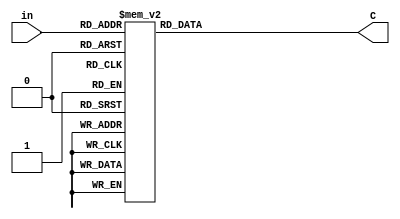
`timescale 1ns / 1ps
//////////////////////////////////////////////////////////////////////////////////
// Company: 
// Engineer: 
// 
// Design Name: 
// Module Name: SSD
// Project Name: 
// Target Devices: 
// Tool Versions: 
// Description: 
// 
// Dependencies: 
// 
// Revision:
// Revision 0.01 - File Created
// Additional Comments:
// 
//////////////////////////////////////////////////////////////////////////////////


module SSD(in, C);
input [3:0] in;
output [6:0] C;
reg [6:0]C;
always @ (in) begin
case (in)
4'b0000: C=7'b1000000;
4'b0001: C=7'b1111001;
4'b0010: C=7'b0100100;
4'b0011: C=7'b0110000;
4'b0100: C=7'b0011001;
4'b0101: C=7'b0010010;
4'b0110: C=7'b0000010;
4'b0111: C=7'b1111000;
4'b1000: C=7'b0000000;
4'b1001: C=7'b0010000;
4'b1010: C=7'b0001000;
4'b1011: C=7'b0000011;
4'b1100: C=7'b1000110;
4'b1101: C=7'b0100001;
4'b1110: C=7'b0000100;
4'b1111: C=7'b0001110;
default C=7'b0000000;
endcase;
end;

endmodule